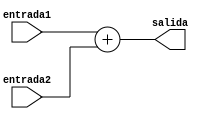
module Sumador ( input [31:0] entrada1, input [31:0] entrada2, output reg [31:0] salida ); \n    assign salida = entrada1 + entrada2;\nendmodule